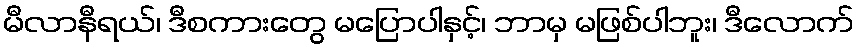
မီလာနီရယ်၊ ဒီစကားတွေ မပြောပါနှင့်၊ ဘာမှ မဖြစ်ပါဘူး၊ ဒီလောက်